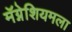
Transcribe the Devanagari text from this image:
मॅग्नेशियमला